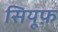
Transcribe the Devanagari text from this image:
सियूफ़